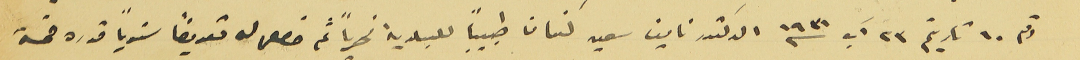
رقم ١٠ تاريخ ٢٣ آب سنه ١٩٣١ الدكتور نايف سعيد كنعان طبيباً للبلدية نهرياً ثم حصل له تعويضاً سنوياً قدره خمسَة